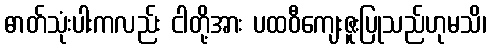
ဓာတ်သုံးပါးကလည်း ငါတို့အား ပထဝီကျေးဇူးပြုသည်ဟုမသိ၊